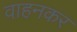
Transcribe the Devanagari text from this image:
वाहनकर